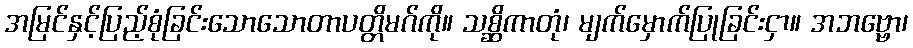
အမြင်နှင့်ပြည့်စုံခြင်းသောသောတာပတ္တိမဂ်ကို။ သစ္ဆိကာတုံ၊ မျက်မှောက်ပြုခြင်းငှာ။ အဘဗ္ဗော၊